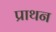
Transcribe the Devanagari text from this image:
प्राथन